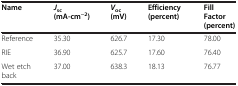
<table><thead><tr><td><b>Name</b></td><td><b><i>J</i><sub>sc</sub>(mA-cm<sup>−2</sup>)</b></td><td><b><i>V</i><sub>oc</sub>(mV)</b></td><td><b>Efficiency (percent)</b></td><td><b>Fill Factor (percent)</b></td></tr></thead><tbody><tr><td>Reference</td><td>35.30</td><td>626.7</td><td>17.30</td><td>78.00</td></tr><tr><td>RIE</td><td>36.90</td><td>625.7</td><td>17.60</td><td>76.40</td></tr><tr><td>Wet etch back</td><td>37.00</td><td>638.3</td><td>18.13</td><td>76.77</td></tr></tbody></table>